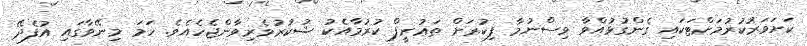
ކަށަވަރުކުރުމަށްޓަކައި ގެންގުޅުއްވާ ވިސްނުމާ ފިކުރަށް ތަޢުރީފް ކުރުމާއެކު ޝުކުރުވެރިވާންޖެހެއެވެ. ހަމަ މިނޭވާގައި އުފެދޭ